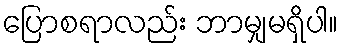
ပြောစရာလည်း ဘာမျှမရှိပါ။